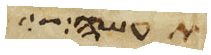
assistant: תעשה וצוך